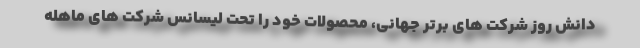
دانش روز شرکت های برتر جهانی، محصولات خود را تحت لیسانس شرکت های ماهله